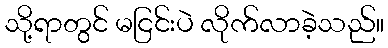
သို့ရာတွင် မငြင်းပဲ လိုက်လာခဲ့သည်။